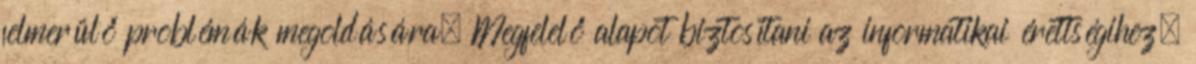
felmerülő problémák megoldására. Megfelelő alapot biztosítani az informatikai érettségihez,